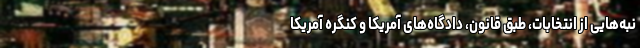
نبه‌هایی از انتخابات، طبق قانون، دادگاه‌های آمریکا و کنگره آمریکا